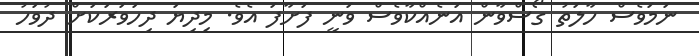
ނަމަވެސް ހާލަަތު ގޯސްވާން އަނެއްކާވެސް ވަނީ ފަށާފަ އެވެ. މިދިޔަ ދިހަވަރަކަށް ދުވަހު